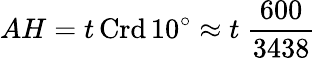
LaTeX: AH=t\operatorname{Crd}10^{\circ}\approx t\ {\frac{600}{3438}}